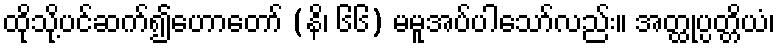
ထိုသို့ပင်ဆက်၍ဟောတော် (နိ၊ ၆၆) မမူအပ်ပါသော်လည်း။ အတ္ထုပ္ပတ္တိယံ၊